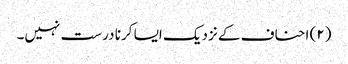
(۲) احناف کے نزدیک ایسا کرنا درست نہیں۔